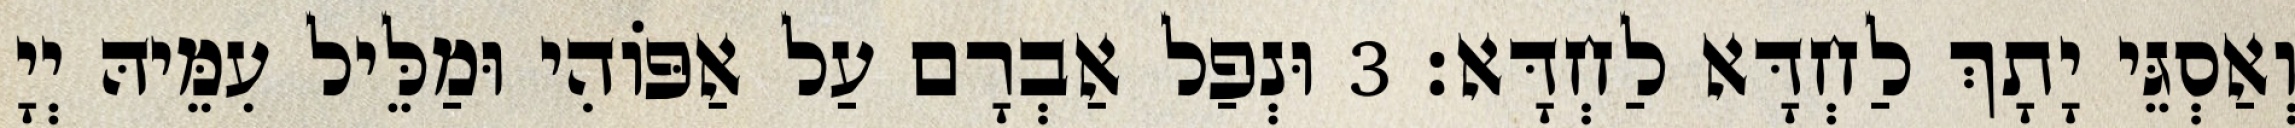
וְאַסְגֵּי יָתָךְ לַחְדָּא לַחְדָּא׃ 3 וּנְפַל אַבְרָם עַל אַפּוֹהִי וּמַלֵּיל עִמֵּיהּ יְיָ